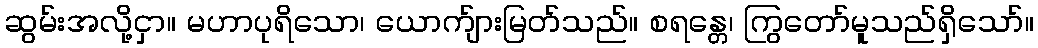
ဆွမ်းအလို့ငှာ။ မဟာပုရိသော၊ ယောက်ျားမြတ်သည်။ စရန္တေ၊ ကြွတော်မူသည်ရှိသော်။